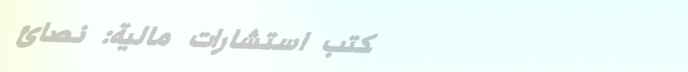
مكتب استشارات مالية: نصائ